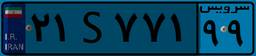
۲۱S۷۷۱۹۹